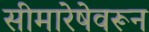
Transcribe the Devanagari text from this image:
सीमारेषेवरून